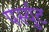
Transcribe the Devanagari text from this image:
पर्स्युट